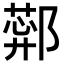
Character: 𬪑